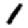
Digit: 1